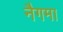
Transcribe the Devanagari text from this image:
नैगमा